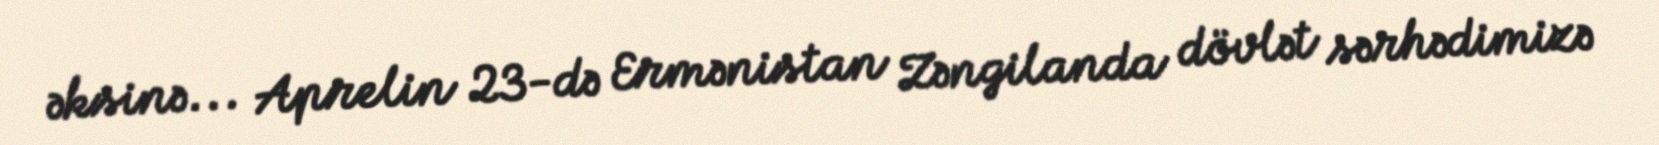
əksinə... Aprelin 23-də Ermənistan Zəngilanda dövlət sərhədimizə